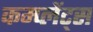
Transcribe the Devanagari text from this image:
कम्प्लेंट्स